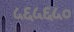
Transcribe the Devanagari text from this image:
५६५६५०